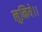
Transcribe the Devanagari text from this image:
लुनिये।।